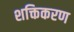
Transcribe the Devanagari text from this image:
शक्तिकरण